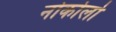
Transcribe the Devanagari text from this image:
नोकोलो